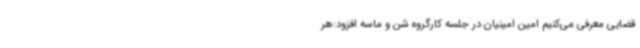
قضایی معرفی می‌کنیم امین امینیان در جلسه کارگروه شن و ماسه افزود:هر